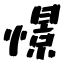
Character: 憬